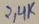
Text: 2,4K